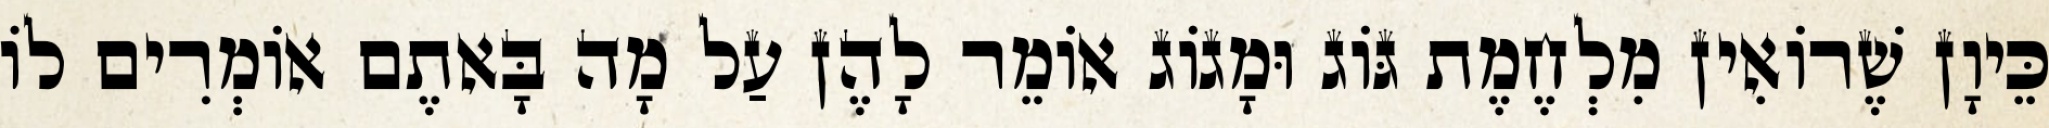
כֵּיוָן שֶׁרוֹאִין מִלְחֶמֶת גּוֹג וּמָגוֹג אוֹמֵר לָהֶן עַל מָה בָּאתֶם אוֹמְרִים לוֹ